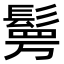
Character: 𮫉